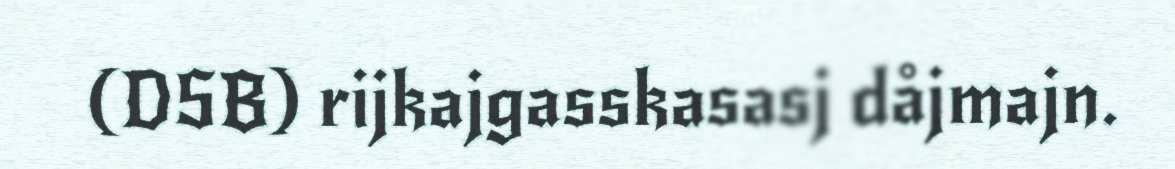
(DSB) rijkajgasskasasj dåjmajn.